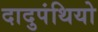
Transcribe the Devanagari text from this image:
दादुपंथियो